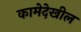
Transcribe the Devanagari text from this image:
कामेदेखील